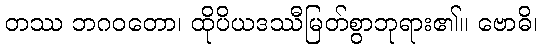
တဿ ဘဂဝတော၊ ထိုပိယဒဿီမြတ်စွာဘုရား၏။ ဗောဓိ၊